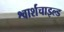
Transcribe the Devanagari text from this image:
श्वार्शचाइल्ड